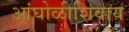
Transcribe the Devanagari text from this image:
आंघोळीशिवाय